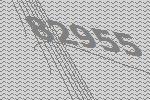
82955